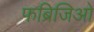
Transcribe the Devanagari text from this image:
फब्रिजिओ